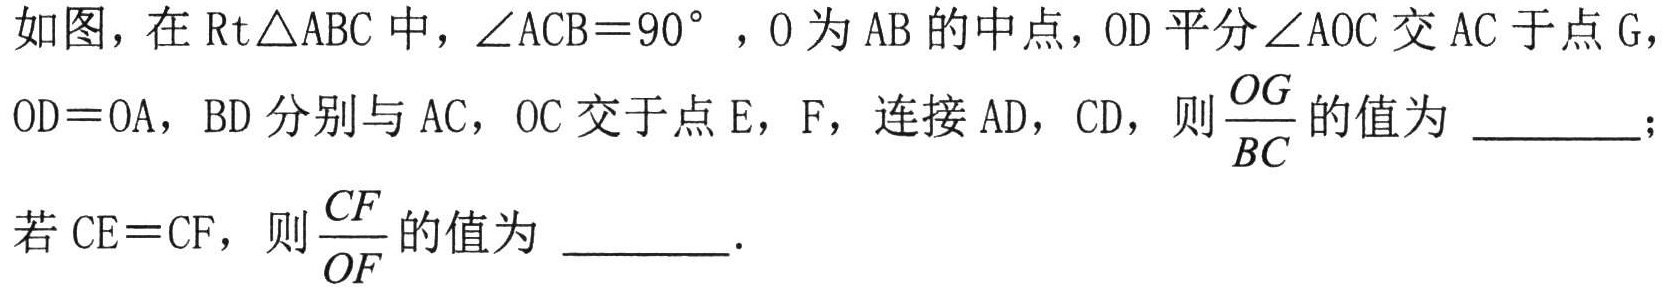
如图，在\(\text{Rt}\triangle ABC\)中，\(\angle ACB = 90^{\circ}\)，\(O\)为\(AB\)的中点，\(OD\)平分\(\angle AOC\)交\(AC\)于点\(G\)，
\(OD = OA\)，\(BD\)分别与\(AC\)，\(OC\)交于点\(E\)，\(F\)，连接\(AD\)，\(CD\)，则\(\dfrac{OG}{BC}\)的值为 \underline{\qquad}；
若\(CE = CF\)，则\(\dfrac{CF}{OF}\)的值为 \underline{\qquad}．